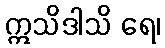
ဣသိဒါသိ ရေ၊